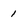
Character: 1